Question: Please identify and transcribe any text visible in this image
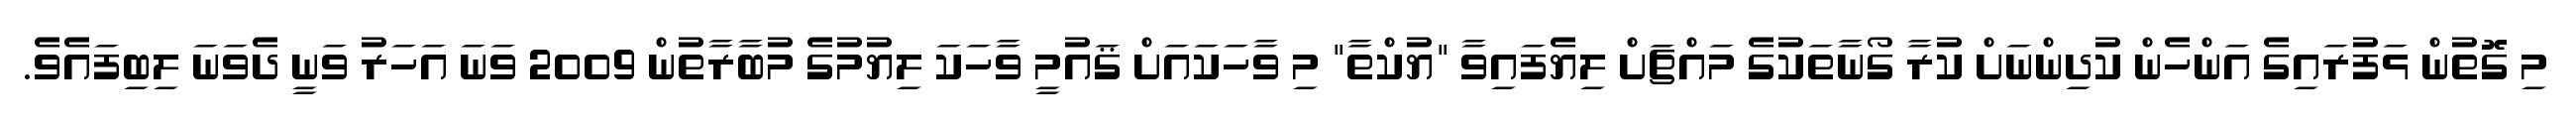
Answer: މި ގޮތުން ޅަފުރައިގެ އަންހެން ކުދިންނަށް ކުރާ ގޯނާތަކުގެ މައްޗަށް ލިޔެފައިވާ "ޔުކްތާ" މި ވާހަކައަށް ޤައުމީ ވާހަކަ ލިޔުމުގެ މުބާރާތުން 2009 ވަނަ އަހަރު ވަނީ ދެވަނަ ލިބިފައެވެ.